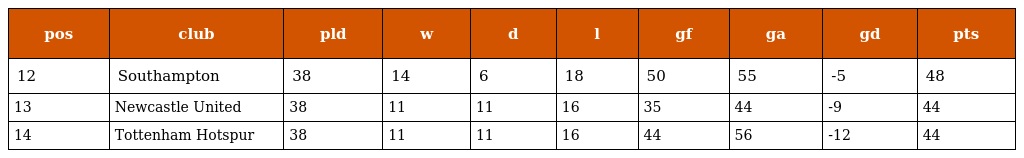
| pos | club | pld | w | d | l | gf | ga | gd | pts |
 | --- | --- | --- | --- | --- | --- | --- | --- | --- | --- |
 | 12 | Southampton | 38 | 14 | 6 | 18 | 50 | 55 | -5 | 48 |
 | 13 | Newcastle United | 38 | 11 | 11 | 16 | 35 | 44 | -9 | 44 |
 | 14 | Tottenham Hotspur | 38 | 11 | 11 | 16 | 44 | 56 | -12 | 44 |